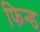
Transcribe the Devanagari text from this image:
फिन्ड